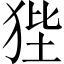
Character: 狴